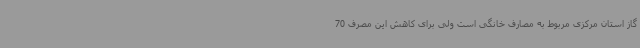
گاز استان مرکزی مربوط به مصارف خانگی است ولی برای کاهش این مصرف 70